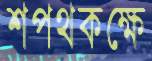
শপথকক্ষে